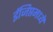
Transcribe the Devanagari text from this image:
ईजिप्तमध्ये